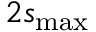
2 s _ { \mathrm { m a x } }